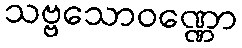
သဗ္ဗသောဝဏ္ဏော